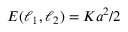
E ( \boldsymbol { \ell } _ { 1 } , \boldsymbol { \ell } _ { 2 } ) = K \boldsymbol { a } ^ { 2 } / 2